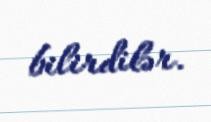
bilirdilər.